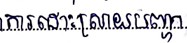
ការដោះស្រាយបញ្ហា